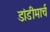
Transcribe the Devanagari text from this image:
डांडीमार्च